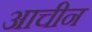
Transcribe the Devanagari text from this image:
आचीन